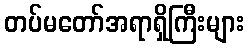
တပ်မတော်အရာရှိကြီးများ